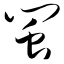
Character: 闽